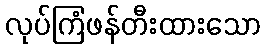
လုပ်ကြံဖန်တီးထားသော